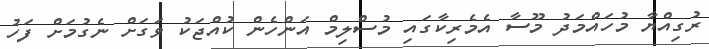
ރުގިއްޔާ މުހައްމަދު މޫސާ އެމެރިކާގައި މުސްލިމް އަންހެން ކުއްޖަކު ވަގަށް ނެގުމަށް ފަހު